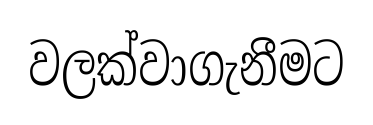
වලක්වාගැනීමට